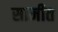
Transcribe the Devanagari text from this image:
सामीत